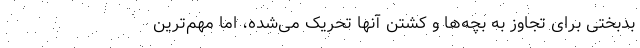
بدبختی برای تجاوز به بچه‌ها و کشتن آنها تحریک می‌شده، اما مهم‌ترین